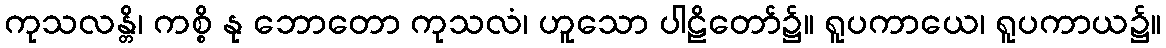
ကုသလန္တိ၊ ကစ္စိ နု ဘောတော ကုသလံ၊ ဟူသော ပါဠိတော်၌။ ရူပကာယေ၊ ရူပကာယ၌။